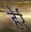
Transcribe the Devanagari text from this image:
हेर्र